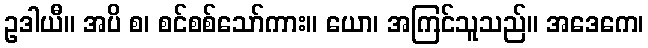
ဥဒါယီ။ အပိ စ၊ စင်စစ်သော်ကား။ ယော၊ အကြင်သူသည်။ အဒေကေ၊